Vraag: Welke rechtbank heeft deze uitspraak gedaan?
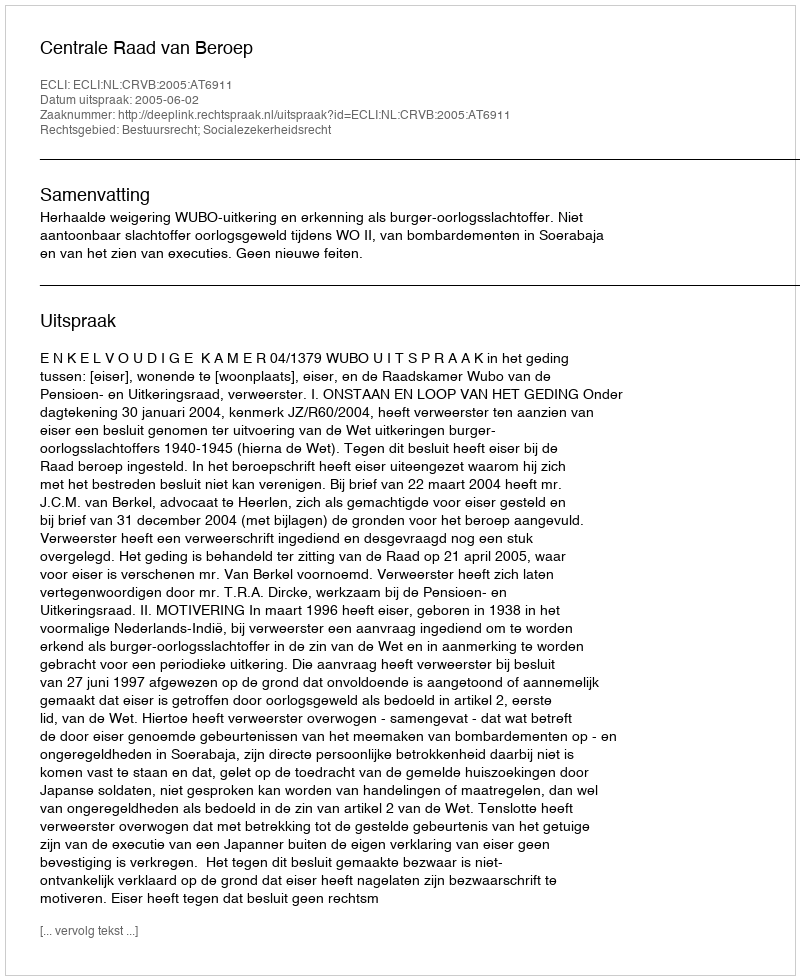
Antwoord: Centrale Raad van Beroep